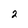
Character: 2